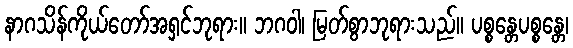
နာဂသိန်ကိုယ်တော်အရှင်ဘုရား။ ဘဂဝါ၊ မြတ်စွာဘုရားသည်။ ပစ္စန္တေပစ္စန္တေ၊